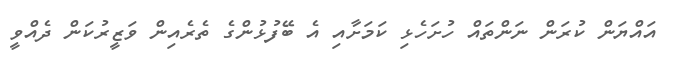
އައްޔަން ކުރަން ނަންތައް ހުށަހެޅި ކަމަށާއި އެ ބޭފުޅުންގެ ތެރެއިން ވަޒީރުކަން ދެއްވީ